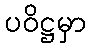
ပဝိဋ္ဌမှာ